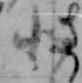
北